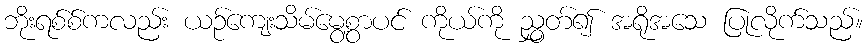
ဘိုးရစ်စ်ကလည်း ယဉ်ကျေးသိမ်မွေ့စွာပင် ကိုယ်ကို ညွှတ်၍ အရိုအသေ ပြုလိုက်သည်။